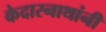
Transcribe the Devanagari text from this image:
केदारनाथांनी